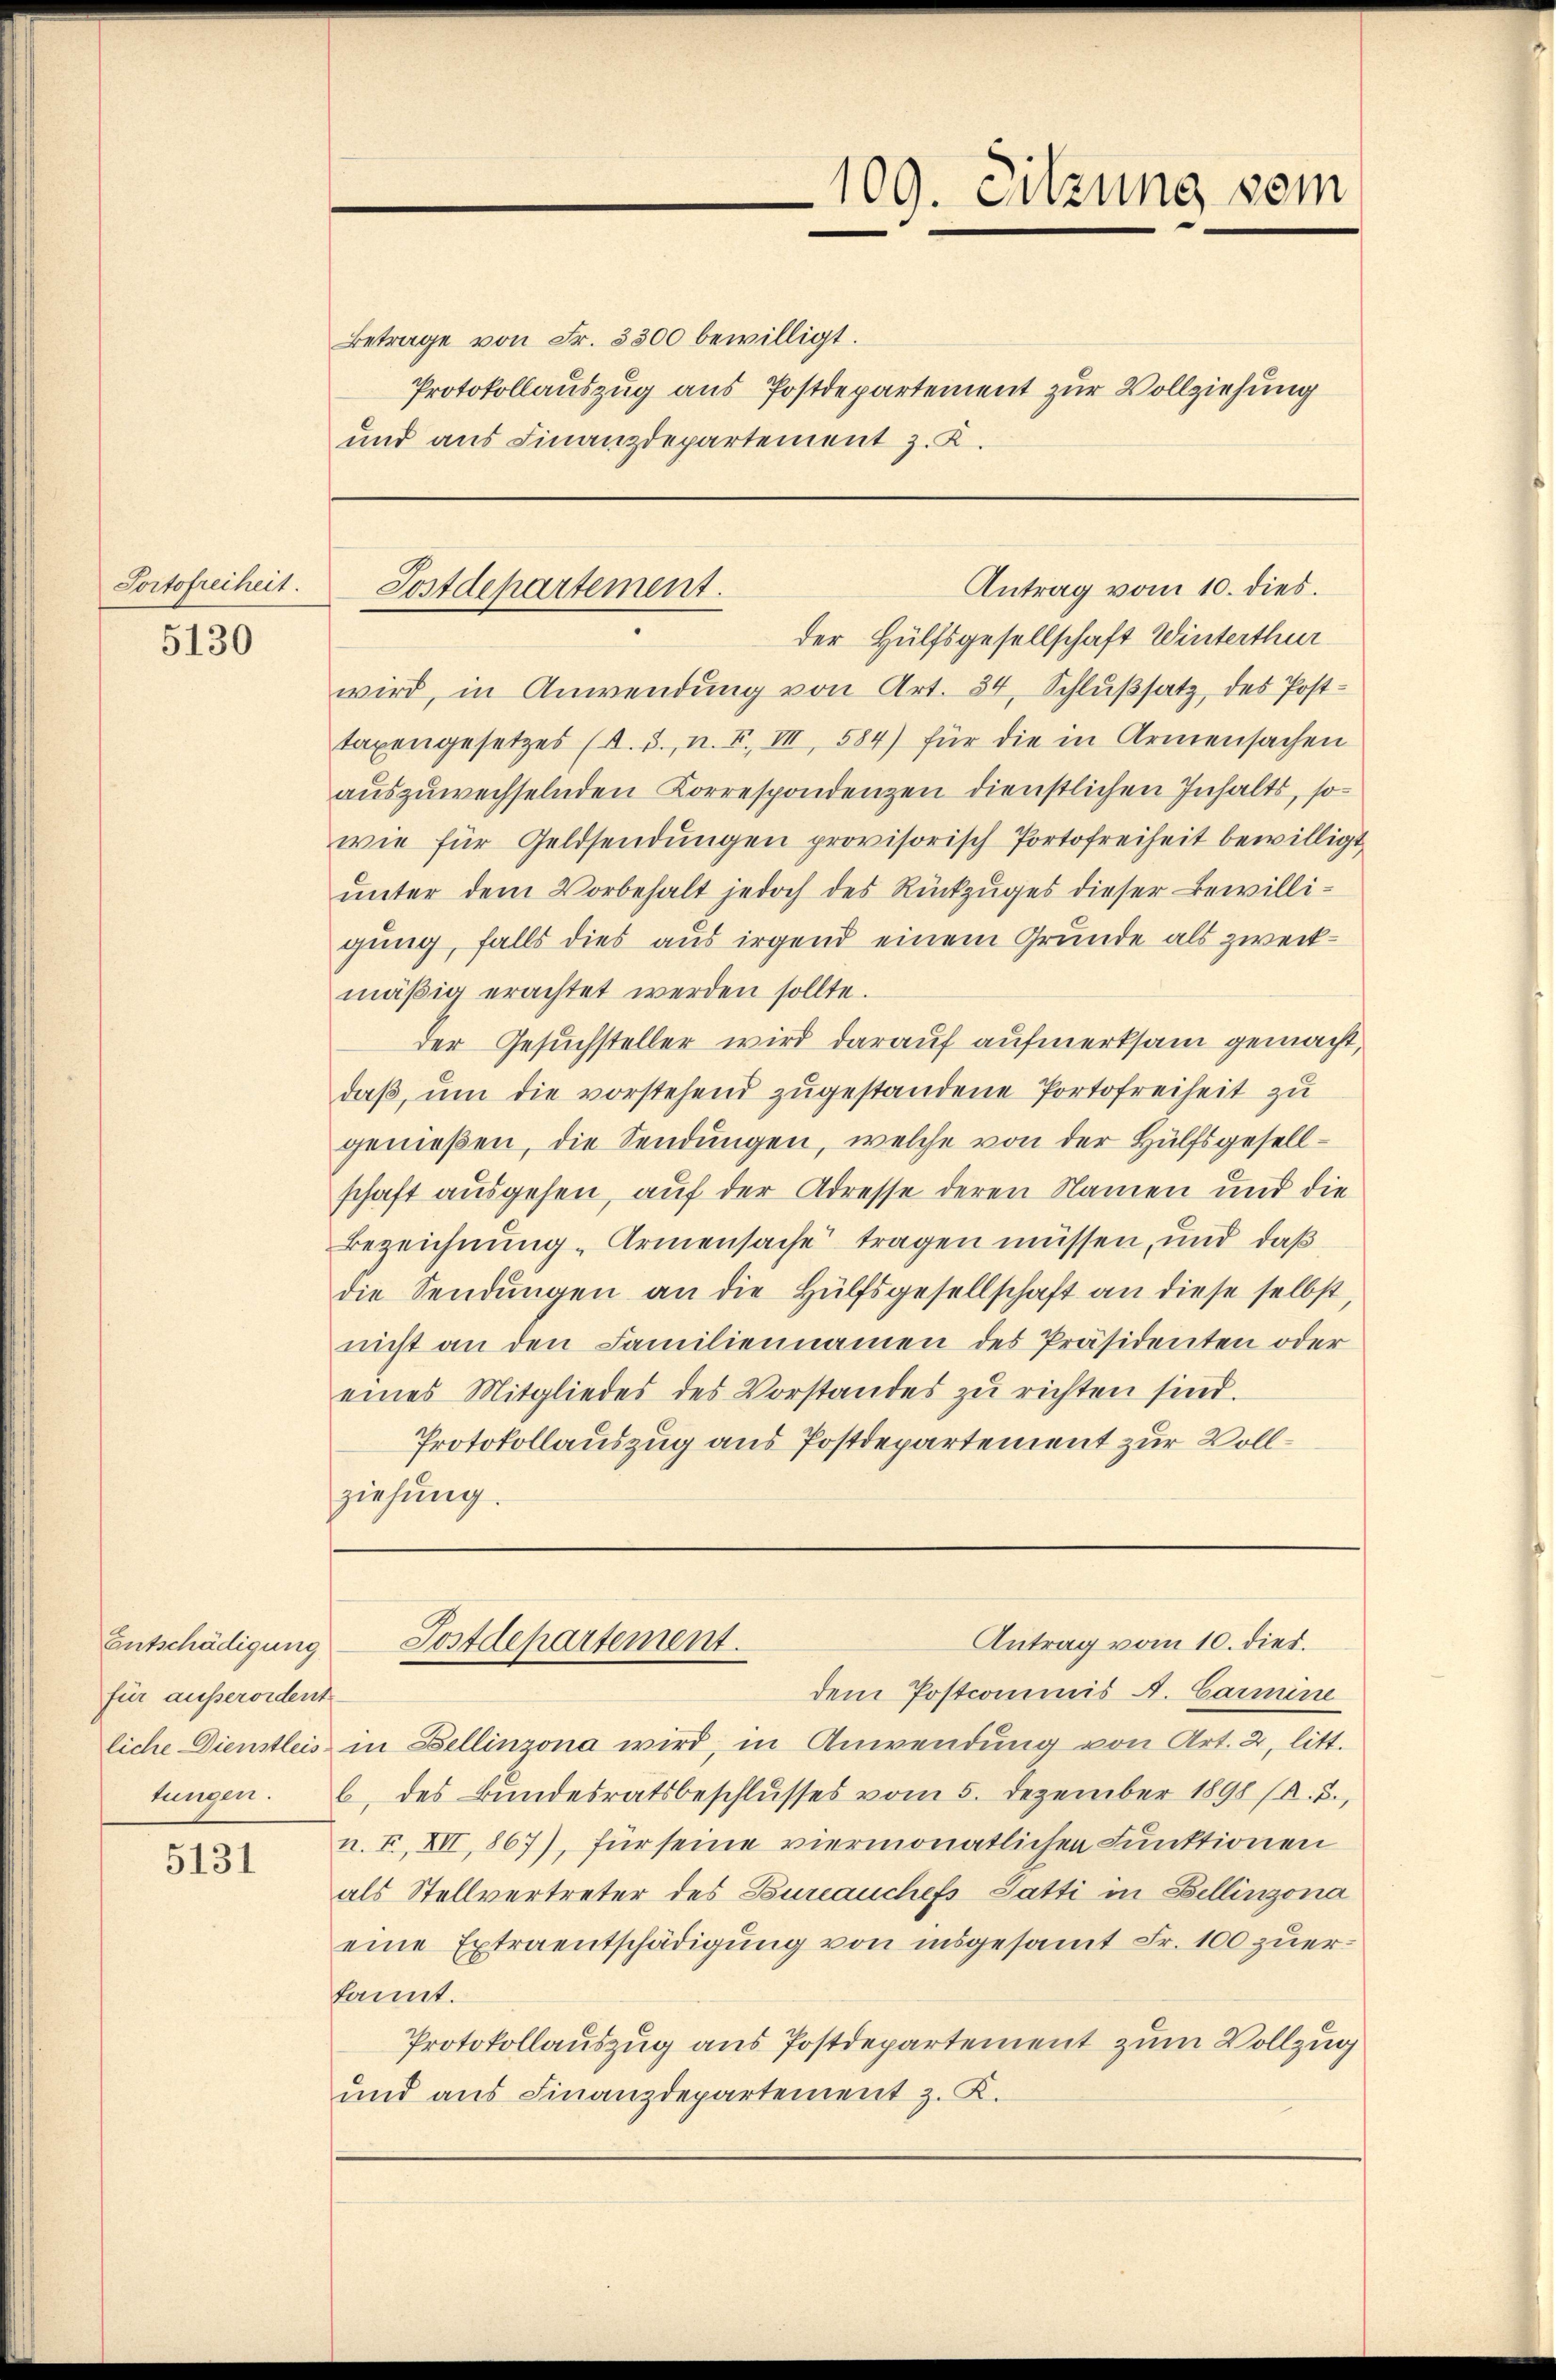
Portofreiheit.

5130

Entschädigung
für außerordent
tungen.

5131

Betrage von Fr. 3300 bewilligt.
Protokollauszug aus Postdepartement zur Vollziehung
und aus Finanzdepartement z. K.

der Hülfsgesellschaft Winterthur
wird, in Anwendung von Art. 34, Schlußsatz des Post-
taxengesetzes (s. S., n. F. VII, 584) für die in Armensachen
auszuwechselnden Korrespondenzen dienstlichen Inhalts, so
wie für Geldsendŭngen provisorisch Portofreiheit bewilligt,
ŭnter dem Vorbehalt jedoch des Rückzuges dieser Bewilli-
gung, falls dies aus irgend einem Grunde als zweckmäßig erachtet werden sollte.
der Gesuchsteller wird darauf aufmerksam gemacht,
daβ, ŭm die vorstehend zugestandene Portofreiheit zu
genießen, die Sendungen, welche von der Hülfsgesellschaft ausgehen, auf der Adresse deren Namen und die
Bezeichnung „Armensache tragen müssen, und daß
die Sendŭngen an die Hülfsgesellschaft an diese selbst,
nicht an den Familiennamen des Präsidenten oder
eines Mitgliedes des Vorstandes zŭ richten sind.
Protokollauszug aus Postdepartement zur Vollziehung.

109. Sitzung vom

Antrag vom 10. dies.
Postdepartement.

Antrag vom 10. dies.
Postdepartement.

dem Postcommis A. Carmine
liche Dienstleis in Bellinzona wird, in Anwendung von Art. 2, litt.
b. des Bundesratsbeschlusses vom 5. Dezember 1898 (A. B.,
n. F. XII, 867), für seine viermonatlichen Funktionen
als Stellvertreter des Bureauchefs Satti in Bellinzona
eine Extraentschädigung von insgesamt Fr. 100 zuerkannt.
Protokollauszug aus Postdepartement zum Vollzug
und aus Finanzdepartement z. K.